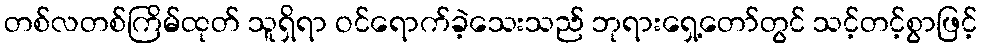
တစ်လတစ်ကြိမ်ထုတ် သူရှိရာ ဝင်ရောက်ခဲ့သေးသည် ဘုရားရှေ့တော်တွင် သင့်တင့်စွာဖြင့်